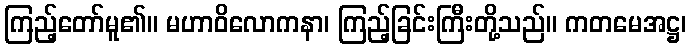
ကြည့်တော်မူ၏။ မဟာဝိလောကနာ၊ ကြည့်ခြင်းကြီးတို့သည်။ ကတမေအဋ္ဌ၊